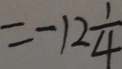
= - 1 2 \frac { 1 } { 4 }